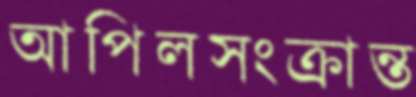
আপিলসংক্রান্ত